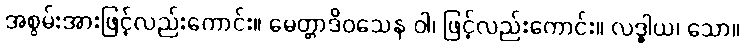
အစွမ်းအားဖြင့်လည်းကောင်း။ မေတ္တာဒိဝသေန ဝါ၊ ဖြင့်လည်းကောင်း။ လဒ္ဓါယ၊ သော။